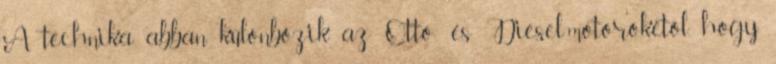
A technika abban különbözik az Otto- és Diesel-motorokétól, hogy